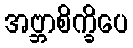
အဗ္ဘာစိက္ခိပေ